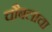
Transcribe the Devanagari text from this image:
चौबलाचा